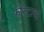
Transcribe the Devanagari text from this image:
फौस्टाचा